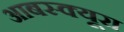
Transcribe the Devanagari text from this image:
आबस्क्यूरा